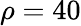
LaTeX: \rho=40